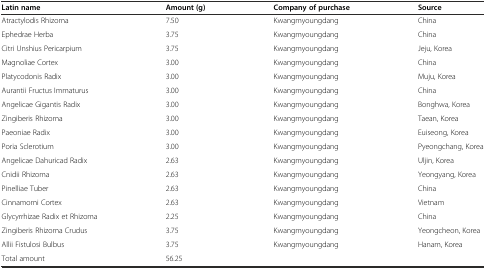
| Latin name | Amount (g) | Company of purchase | Source |
 | --- | --- | --- | --- |
 | Atractylodis Rhizoma | 7.50 | Kwangmyoungdang | China |
 | Ephedrae Herba | 3.75 | Kwangmyoungdang | China |
 | Citri Unshius Pericarpium | 3.75 | Kwangmyoungdang | Jeju, Korea |
 | Magnoliae Cortex | 3.00 | Kwangmyoungdang | China |
 | Platycodonis Radix | 3.00 | Kwangmyoungdang | Muju, Korea |
 | Aurantii Fructus Immaturus | 3.00 | Kwangmyoungdang | China |
 | Angelicae Gigantis Radix | 3.00 | Kwangmyoungdang | Bonghwa, Korea |
 | Zingiberis Rhizoma | 3.00 | Kwangmyoungdang | Taean, Korea |
 | Paeoniae Radix | 3.00 | Kwangmyoungdang | Euiseong, Korea |
 | Poria Sclerotium | 3.00 | Kwangmyoungdang | Pyeongchang, Korea |
 | Angelicae Dahuricad Radix | 2.63 | Kwangmyoungdang | Uljin, Korea |
 | Cnidii Rhizoma | 2.63 | Kwangmyoungdang | Yeongyang, Korea |
 | Pinelliae Tuber | 2.63 | Kwangmyoungdang | China |
 | Cinnamomi Cortex | 2.63 | Kwangmyoungdang | Vietnam |
 | Glycyrrhizae Radix et Rhizoma | 2.25 | Kwangmyoungdang | China |
 | Zingiberis Rhizoma Crudus | 3.75 | Kwangmyoungdang | Yeongcheon, Korea |
 | Allii Fistulosi Bulbus | 3.75 | Kwangmyoungdang | Hanam, Korea |
 | Total amount | 56.25 |  |  |